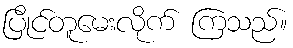
ပြိုင်တူမေးလိုက် ကြသည်။